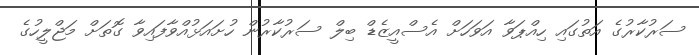
ސަރުކާރުގެ އަތުގައި ހިއްޕަވާ އަވަހަށް އެސްއީޒެޑް ބިލް ސަރުކާރުން ހުށައަޅުއްވާފައިވާ ގޮތަށް މަޖްލީހުގެ